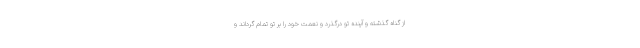
از گناه گذشته و آينده تو درگذرد و نعمت خود را بر تو تمام گرداند و